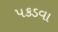
પકડવા